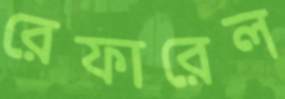
রেফারেল